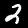
Digit: 2